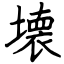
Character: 壊